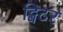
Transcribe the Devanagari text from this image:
ट्विटर